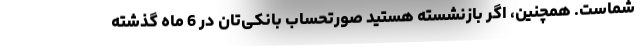
شماست. همچنین، اگر بازنشسته هستید صورتحساب بانکی‌تان در 6 ماه گذشته